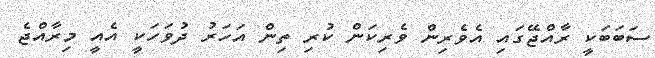
ސަބަބަކީ ރާއްޖޭގައި އެވެރިން ވެރިކަން ކުރި ތިން އަހަރު ދުވަހަކީ އެއީ މިރާއްޖެ